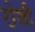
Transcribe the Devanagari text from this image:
रो़जी